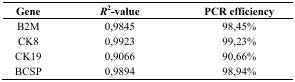
<table><thead><tr><td><b>Gene</b></td><td><b><i>R</i><sup>2</sup>-value</b></td><td><b>PCR efficiency</b></td></tr></thead><tbody><tr><td>B2M</td><td>0,9845</td><td>98,45%</td></tr><tr><td>CK8</td><td>0,9923</td><td>99,23%</td></tr><tr><td>CK19</td><td>0,9066</td><td>90,66%</td></tr><tr><td>BCSP</td><td>0,9894</td><td>98,94%</td></tr></tbody></table>